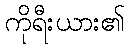
ကိုရီးယား၏